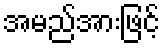
အမည်အားဖြင့်